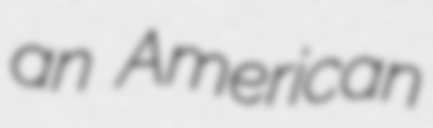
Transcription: an American